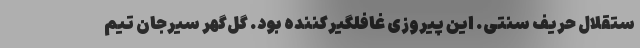
ستقلال حریف سنتی. این پیروزی غافلگیرکننده بود. گل‌گهر سیرجان تیم